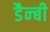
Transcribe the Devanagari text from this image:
डैन्बी